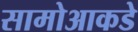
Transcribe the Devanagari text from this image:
सामोआकडे